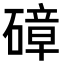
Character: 𥕞